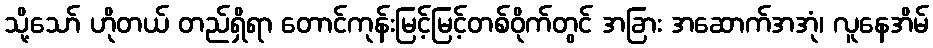
သို့သော် ဟိုတယ် တည်ရှိရာ တောင်ကုန်းမြင့်မြင့်တစ်ဝိုက်တွင် အခြား အဆောက်အအုံ၊ လူနေအိမ်